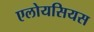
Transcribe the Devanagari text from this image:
एलोयसियस